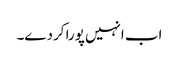
اب انہیں پورا کردے۔